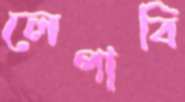
লেপাবি